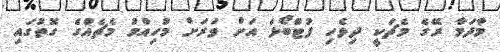
މާދަމާ ރޭގެ މެޗަކީ ދިވެހި ފުޓްބޯޅަ އަށް ވަރަށް މުހިއްމު މެޗެއްގެ ގޮތުގައި